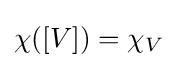
\chi ([V])=\chi _{V}